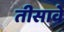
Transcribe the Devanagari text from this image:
तीसावे